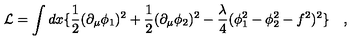
\mathcal { L } = \int d x \{ \frac { 1 } { 2 } ( \partial _ { \mu } \phi _ { 1 } ) ^ { 2 } + \frac { 1 } { 2 } ( \partial _ { \mu } \phi _ { 2 } ) ^ { 2 } - \frac { \lambda } { 4 } ( \phi _ { 1 } ^ { 2 } - \phi _ { 2 } ^ { 2 } - f ^ { 2 } ) ^ { 2 } \} \quad ,